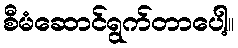
စီမံဆောင်ရွက်တာပေါ့။